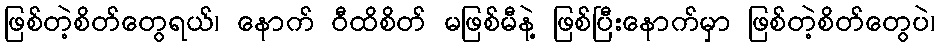
ဖြစ်တဲ့စိတ်တွေရယ်၊ နောက် ဝီထိစိတ် မဖြစ်မီနဲ့ ဖြစ်ပြီးနောက်မှာ ဖြစ်တဲ့စိတ်တွေပဲ၊